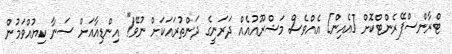
ޓްރާންސްޕޭރެންޓްކޮށް [އެއިން] އެއްވެސް މަޝްރޫއުއެއް ދަރަނީގެ ދަންތުރައަކަށް ނުވޭ!" އިންޑިއާއަށް ސަނާ ކިޔުއްވަމުން